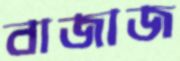
বাজাজ